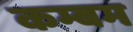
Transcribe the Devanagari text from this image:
कम्बम